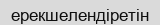
ерекшелендіретін